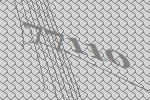
77110